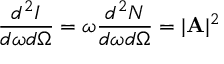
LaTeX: \frac { d ^ { 2 } I } { d \omega d \Omega } = \omega \frac { d ^ { 2 } N } { d \omega d \Omega } = | { \bf A } | ^ { 2 }